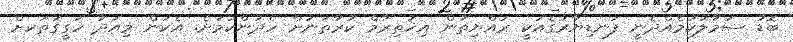
ބޮޑު ސަމާލުކަމެއްދެނީ ފަނޑިޔާރުގެއަކީ ރައްޔިތުން އިޚުތިރާމް ކުރާތަނަށް ހެދުންކަމަށެ. އެކަން މިއަދު ހަގީގަތަކށް